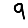
Digit: 9